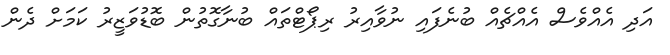
އަދި އެއްވެސް އެއްޗެއް ބުނެފައި ނުވާއިރު ރިޕޯޓްތައް ބުނާގޮތުން ބޮޑުވަޒީރު ކަމަށް ދެން